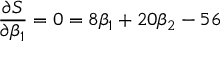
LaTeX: { \frac { \partial S } { \partial \beta _ { 1 } } } = 0 = 8 \beta _ { 1 } + 2 0 \beta _ { 2 } - 5 6